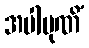
အပါပုဏိံ